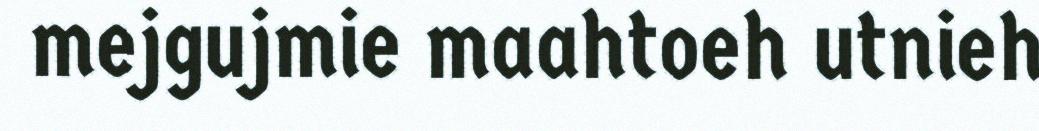
mejgujmie maahtoeh utnieh